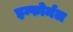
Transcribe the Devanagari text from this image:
इन्फोर्मल